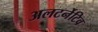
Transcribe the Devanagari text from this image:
अलटर्नेटिव